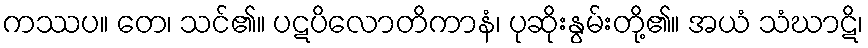
ကဿပ။ တေ၊ သင်၏။ ပဋပိလောတိကာနံ၊ ပုဆိုးနွမ်းတို့၏။ အယံ သံဃာဋိ၊